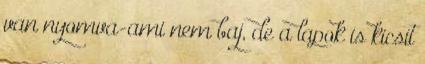
van nyomva-ami nem baj, de a lapok is kicsit